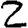
Digit: 2